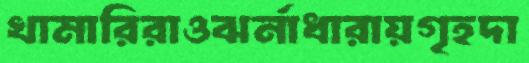
খামারিরাওঝর্নাধারায়গৃহদা